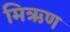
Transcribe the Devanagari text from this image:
मिऋण